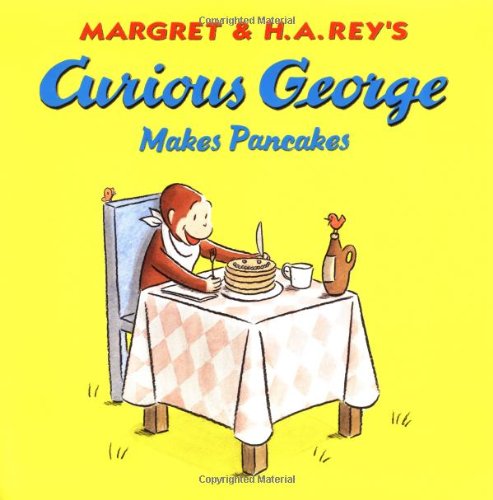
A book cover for Curious George Makes Pancakes; Margret Rey; Children's Books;